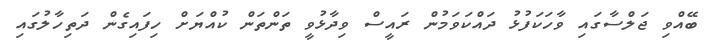
ބޭއްވި ޖަލްސާގައި ވާހަކަފުޅު ދައްކަވަމުން ރައީސް ވިދާޅުވީ ތަންތަން ކުއްޔަށް ހިފައިގެން ދަތިހާލުގައި